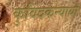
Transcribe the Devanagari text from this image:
कुविंदकन्यायां